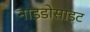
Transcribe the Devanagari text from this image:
नाइडोसाइट